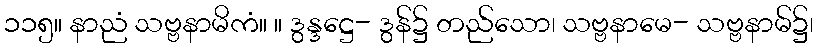
၁၁၅။ နာညံ သဗ္ဗနာမိကံ။ ။ ဒွန္ဒဋ္ဌေ- ဒွန်၌ တည်သော၊ သဗ္ဗနာမေ- သဗ္ဗနာမ်၌၊